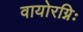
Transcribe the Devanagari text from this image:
वायोरग्निः